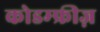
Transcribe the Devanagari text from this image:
कोडम्फ्रीज़